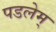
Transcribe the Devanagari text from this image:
पडलेम्